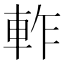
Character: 𨋘